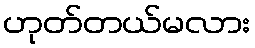
ဟုတ်တယ်မလား